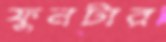
ফুনটার